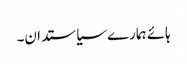
ہائے ہمارے سیاستدان۔